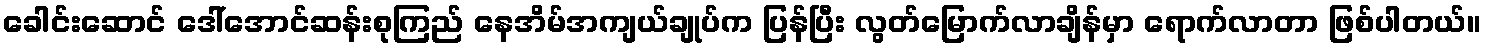
ခေါင်းဆောင် ဒေါ်အောင်ဆန်းစုကြည် နေအိမ်အကျယ်ချုပ်က ပြန်ပြီး လွတ်မြောက်လာချိန်မှာ ရောက်လာတာ ဖြစ်ပါတယ်။